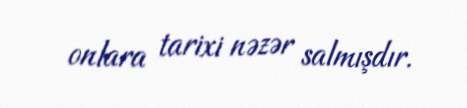
onlara tarixi nəzər salmışdır.